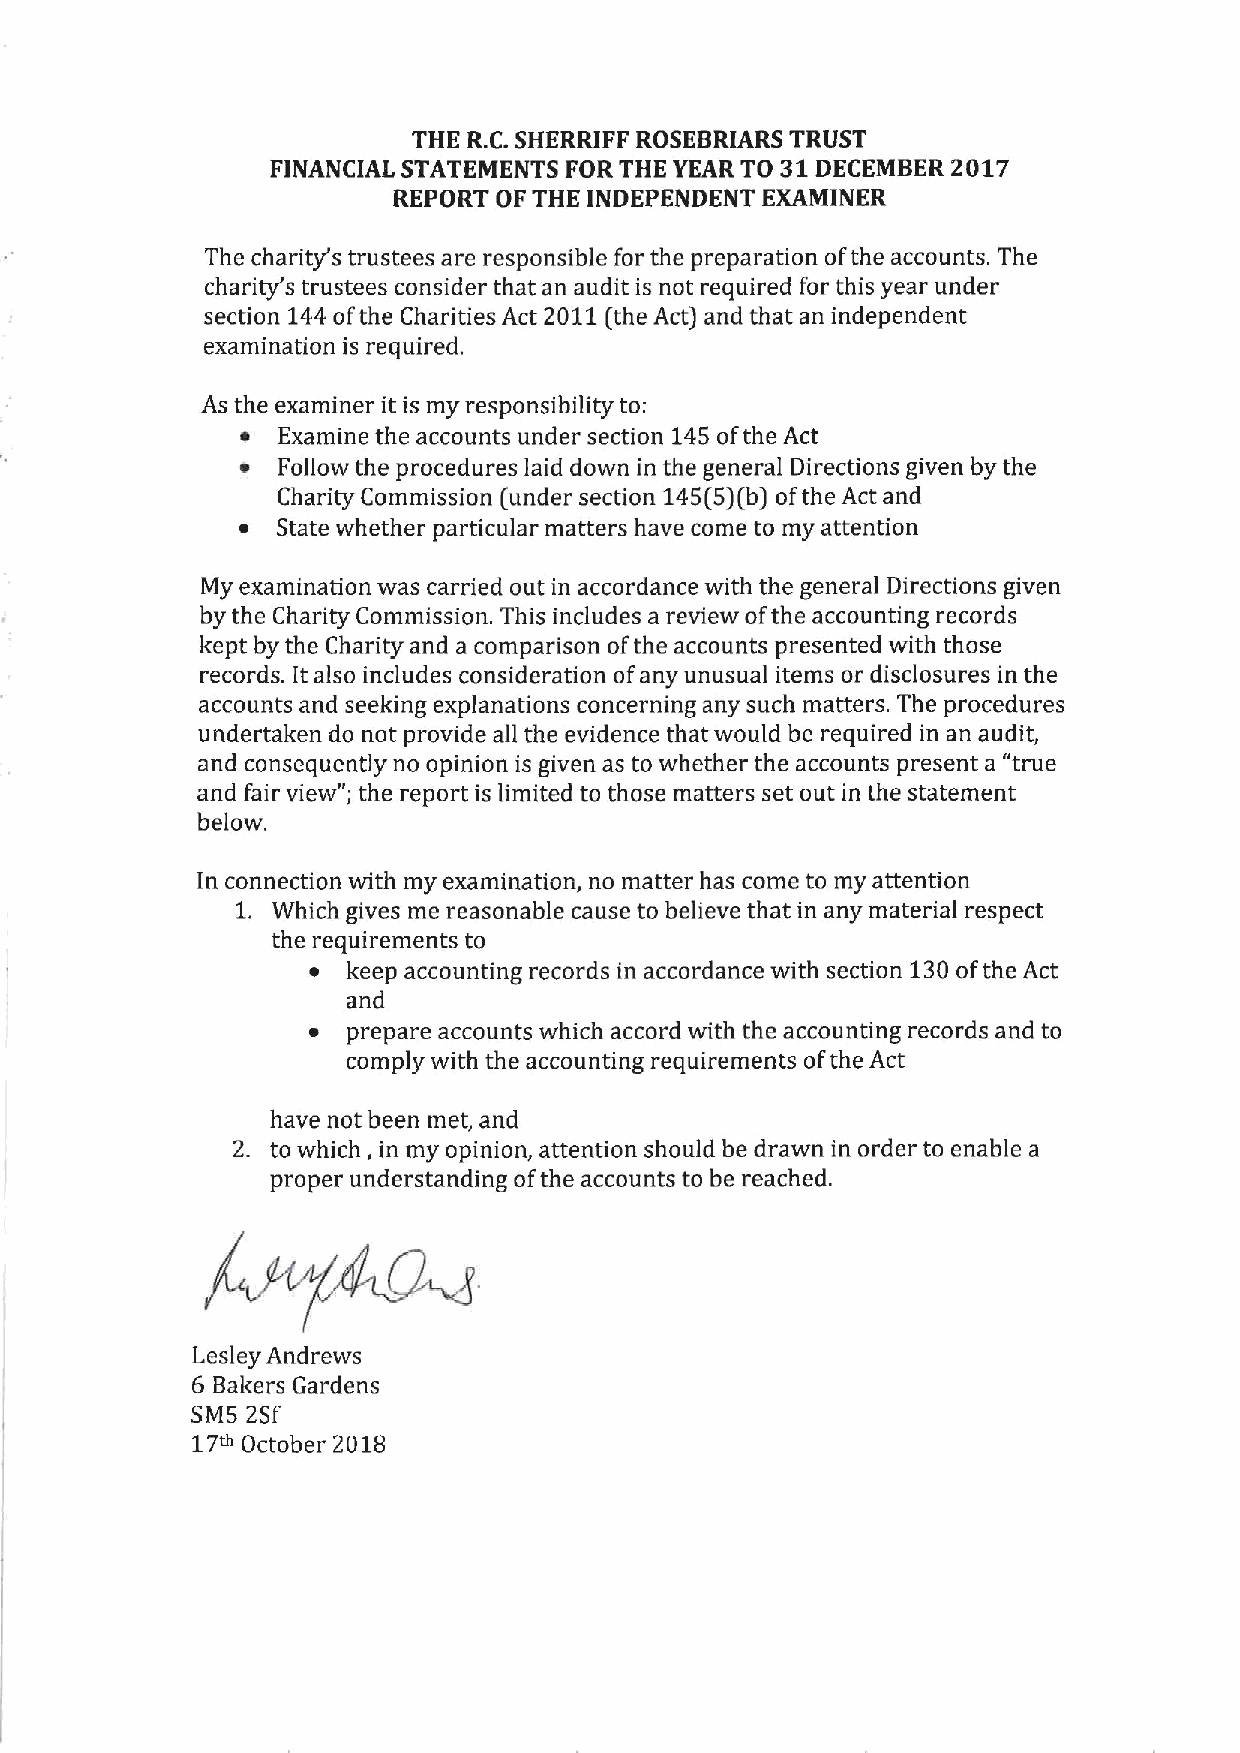
THE R.C.SHERRIFF ROSEBRIARS TRUST
 FINANCIAL STATEMENTS FOR THE YEAR TO 31DECEMBER 2017
 REPORT OF THE INDEPENDENT EXAMINER
 The charity's trustees are responsible for the preparation ofthe accounts. The
 charity's trustees consider that an audit is not required for this year under
 section 144ofthe Charities Act 2011(the Act) and that an independent
 examination is required.
 As the examiner it is my responsibility to:
 ~ Examine the accounts under section 145ofthe Act
 e Follow the procedures laid down in the general Directions given by the
 Charity Commission (under section 145(S)(b)ofthe Act and
 ~ State whether particular matters have come to my attention
 My examination was carried out in accordance with the general Directions given
 by the Charity Commission. This includes a review ofthe accounting records
 kept by the Charity and a comparison ofthe accounts presented with those
 records. It also includes consideration ofany unusual items or disclosures in the
 accounts and seeking explanations concerning any such matters. The procedures
 undertaken do not provide all the evidence that would be required in an audit,
 and consequently no opinion is given as to whether the accounts present a "true
 and fair view"; the report is limited to those matters set out in the statement
 below.
 In connection with my examination, no matter has come to my attention
 1. Which gives me reasonable cause to believe that in any material respect
 the requirements to
 ~  keep accounting records in accordance with section 130ofthe Act
 and
 ~  prepare accounts which accord with the accounting records and to
 comply with the accounting requirements ofthe Act
 have not been met, and
 2. to which, in my opinion, attention should be drawn in order to enable a
 proper understanding ofthe accounts to be reached.
 Lesley Andrews
 6 Bakers Gardens
 SMS 2sf
 17e' October 2018